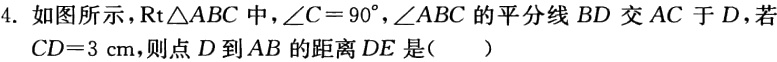
4. 如图所示，$\mathrm{Rt}\triangle ABC$中，$\angle C = 90^{\circ}$，$\angle ABC$的平分线$BD$交$AC$于$D$，若$CD = 3\ \mathrm{cm}$，则点$D$到$AB$的距离$DE$是(  )